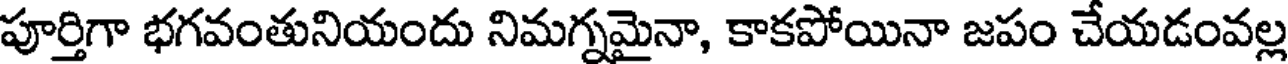
పూర్తిగా భగవంతునియందు నిమగ్నమైనా, కాకపోయినా జపం చేయడంవల్ల